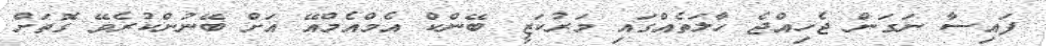
ފައިސާ ނަގަން ޖެހިއްޖެ ހާލަތެއްގައި މަރުކަޒީ ބޭންކް އެމްއެމްއޭ އަށް ބޭނުންކުރެވޭ ގޮތަށް